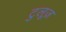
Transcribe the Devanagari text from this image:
टुलूज़